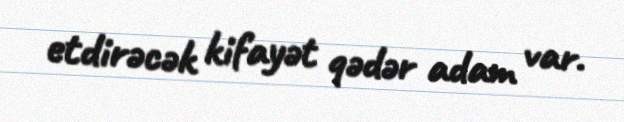
etdirəcək kifayət qədər adam var.